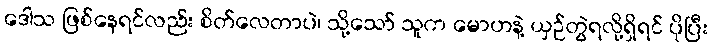
ဒေါသ ဖြစ်နေရင်လည်း စိတ်လေတာပဲ၊ သို့သော် သူက မောဟနဲ့ ယှဉ်တွဲရလို့ရှိရင် ပိုပြီး